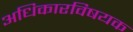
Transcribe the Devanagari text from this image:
अधिकारविषयक